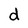
Character: d